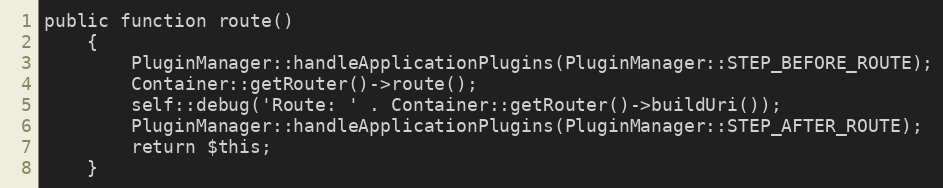
Language: PHP
public function route()
    {
        PluginManager::handleApplicationPlugins(PluginManager::STEP_BEFORE_ROUTE);
        Container::getRouter()->route();
        self::debug('Route: ' . Container::getRouter()->buildUri());
        PluginManager::handleApplicationPlugins(PluginManager::STEP_AFTER_ROUTE);
        return $this;
    }